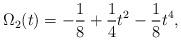
LaTeX: \begin{align*}\Omega_{2}(t)=-{1\over 8}+{1\over 4}t^{2}-{1\over 8}t^{4},\end{align*}